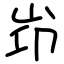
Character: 岇